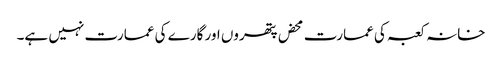
خانہ کعبہ کی عمارت محض پتھروں اور گارے کی عمارت نہیں ہے۔